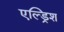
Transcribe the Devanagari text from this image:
एल्ड्रिश